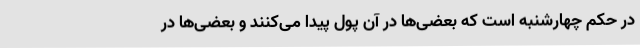
در حُکم چهارشنبه است که بعضی‌ها در آن پول پیدا می‌کنند و بعضی‌ها در